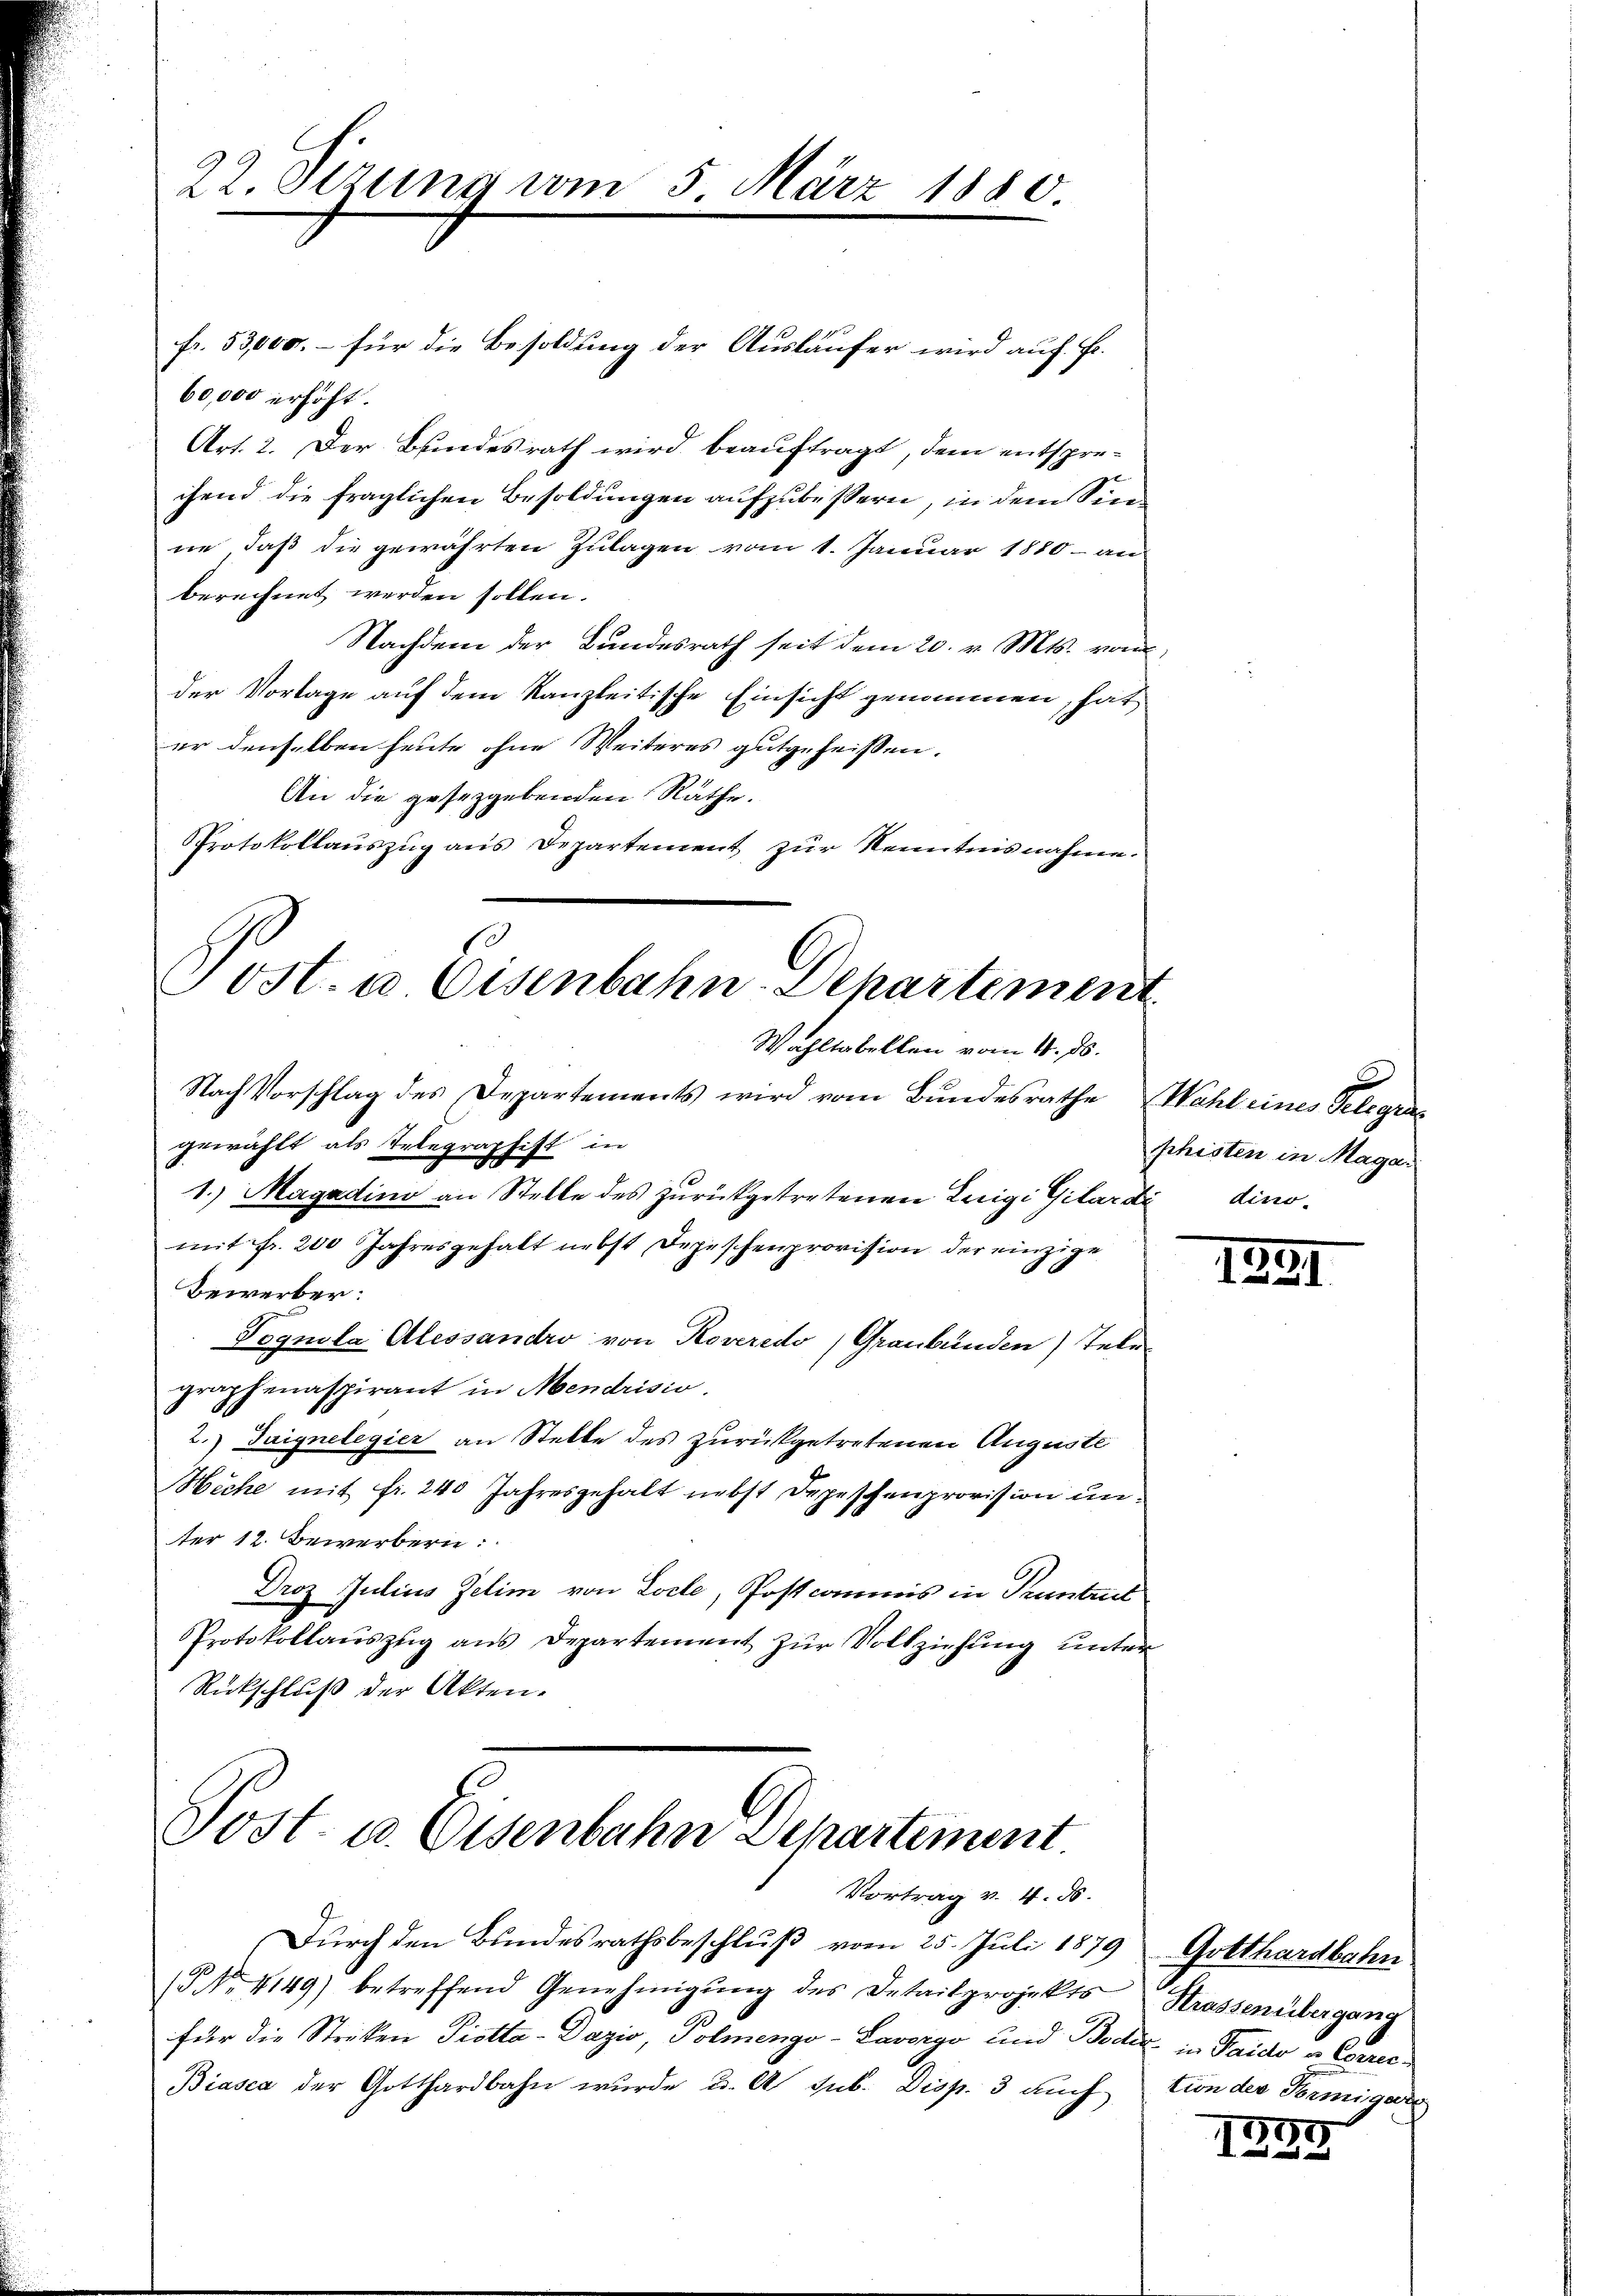
22. Stzung vom 5. März 1880.

fr. 53,000. – für die Besoldung der Ausläufer wird auch F.
60,000 erhöht.
Art. 2. Der Bundesrath wird beauftragt, dem entsprechend die fraglichen Besoldungen aufzubessern, in dem Sinn
ne, daß die gewährten Zulagen vom 1. Januar 1880 - an
berechnet werden sollen.
Nachdem der Bundesrath seit dem 20. v. Mts. vom
der Vorlage auf dem Kanzleitische Einsicht genommen, hat
er denselben heute ohne Weiteres gutgeheißen.
An die gesetzgebenden Räthe.
Protokollaŭszŭg aŭs Departement zur Kenntnisnahme.
Nach Vorschlag des Departements wird vom Bundesrathe
gewählt als Telegraphift in
1.) Magadino an Stelle des zurückgetretenen Leigi Gilardi dinomit fr. 200 Jahresgehalt nebst Depeschenprovision der einzige
Bewerber:
Pognila Alessandro von Roveredo, Graubünden) Telegraphenaspirant in Mendrisio.
2.) Taignelegier an Stelle des zurückgetretenen Auguste
Hiche mit fr. 240 Jahresgehalt nebst Depeschenprovision unter 12. Bewerbern:
Droz Julius Zelim von Loche, Postcommis in Pruntrut
Protokollauszug aus Departement zur Vollziehung unter
Rückschluß der Akten-

Tost. a Eisenbahn-Departement
Wahltabellen vom 4. ds.

Post. u. Eisenbahn Departement.
Vortrag v. 4. ds.

Durch den Bundesrathsbeschluß vom 25. Juli 1879 Gotthardbahn
(Nr. 4149) betreffend Genehmigŭng des Detailprojekts Strassenübergang
für die Striken Piotta-Dazio, Polmengo-Lavorgo und Boden in Paido u. Correc
Biasca der Gotthardbahn wurde u. A. sub. Disp. 3 auch tion der Termiget

Wahl eines Gelegen
phisten in Magar

1231

.

1259